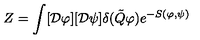
Z = \int [ { \cal D } \varphi ] [ { \cal D } \psi ] \delta ( \tilde { Q } \varphi ) e ^ { - S ( \varphi , \psi ) }